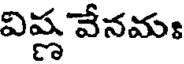
విష్ణ వేనమః